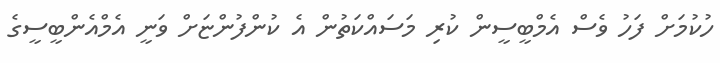
ހުކުމަށް ފަހު ވެސް އެމްބީސީން ކުރި މަސައްކަތުން އެ ކުންފުންޏަށް ވަނީ އެމްއެންބީސީގެ